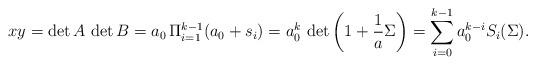
LaTeX: \begin{align*}xy=\det A \, \det B=a_0\, \Pi_{i=1}^{k-1}(a_0+s_i)=a_0^k\,\det \left(1+{1\over a}\Sigma\right)=\sum_{i=0}^{k-1}a_0^{k-i}S_i(\Sigma).\end{align*}